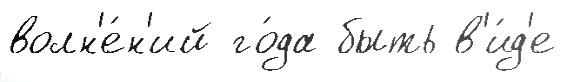
волн'е́н'ий го́да быть в'и́д'е